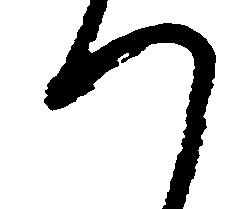
つ